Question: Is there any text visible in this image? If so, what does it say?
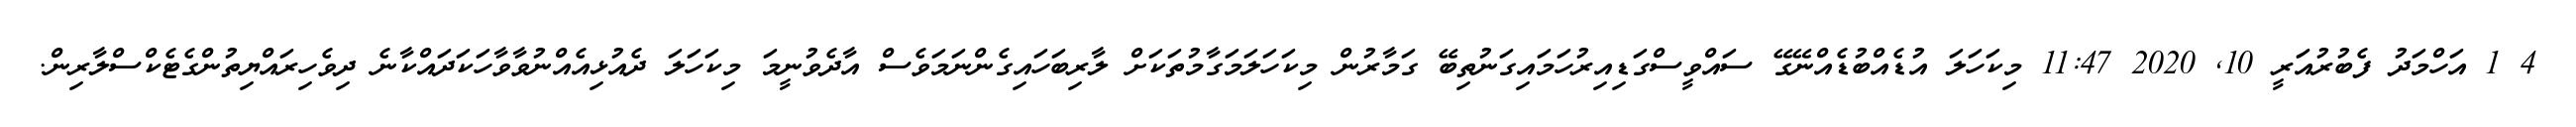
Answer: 4 1 އަހްމަދު ފެބުރުއަރީ 10, 2020 11:47 މިކަހަލަ އުޑެއްބުޑެއްނޭގޭ ސައްވީސްގަޑިއިރުހަމައިގަނުތިބޭ ގަމާރުން މިކަހަލަމަގާމުތަކަށް ލާރިބަހައިގެންނަމަވެސް އާދެވުނީމަ މިކަހަލަ ދެއުޅިއެއްނުވާވާހަކަދައްކާނެ ދިވެހިރައްޔިތުންގެޓެކްސްލާރިން.